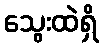
သွေးထဲရှိ